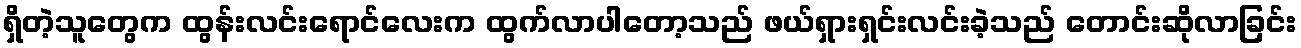
ရှိတဲ့သူတွေက ထွန်းလင်းရောင်လေးက ထွက်လာပါတော့သည် ဖယ်ရှားရှင်းလင်းခဲ့သည် တောင်းဆိုလာခြင်း